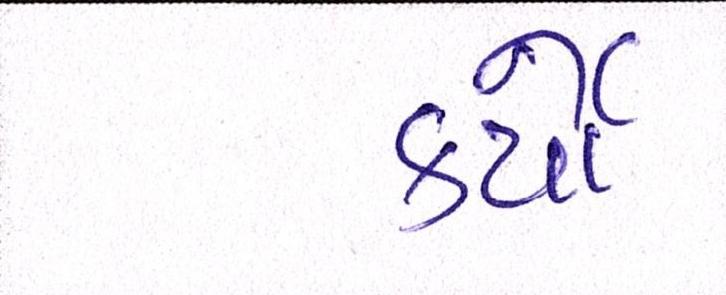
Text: કર્યેા